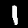
Label: 1